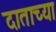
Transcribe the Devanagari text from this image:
दाताच्या